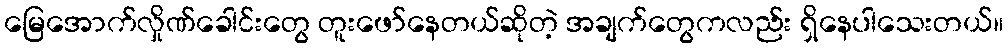
မြေအောက်လှိုဏ်ခေါင်းတွေ တူးဖော်နေတယ်ဆိုတဲ့ အချက်တွေကလည်း ရှိနေပါသေးတယ်။